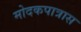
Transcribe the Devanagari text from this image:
मोदकपात्रास